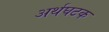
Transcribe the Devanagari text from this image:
अर्थघटक